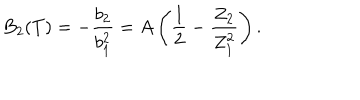
B _ { 2 } ( T ) = - \frac { b _ { 2 } } { b _ { 1 } ^ { 2 } } = A \left( \frac { 1 } { 2 } - \frac { Z _ { 2 } } { Z _ { 1 } ^ { 2 } } \right) .